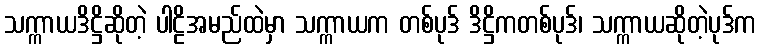
သက္ကာယဒိဋ္ဌိဆိုတဲ့ ပါဠိအမည်ထဲမှာ သက္ကာယက တစ်ပုဒ် ဒိဋ္ဌိကတစ်ပုဒ်၊ သက္ကာယဆိုတဲ့ပုဒ်က